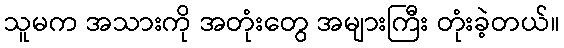
သူမက အသားကို အတုံးတွေ အများကြီး တုံးခဲ့တယ်။